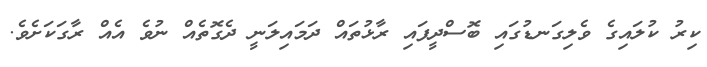
ކިރު ކުލައިގެ ވެލިގަނޑުގައި ބޮސްދީފައި ރާޅުތައް ދަމައިލަނީ ދެގޮތެއް ނުވެ އެއް ރާގަކަށެވެ.